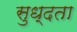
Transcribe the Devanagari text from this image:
सुध्दता